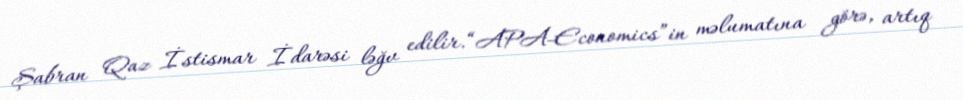
Şabran Qaz İstismar İdarəsi ləğv edilir.“APA-Economics”in məlumatına görə, artıq